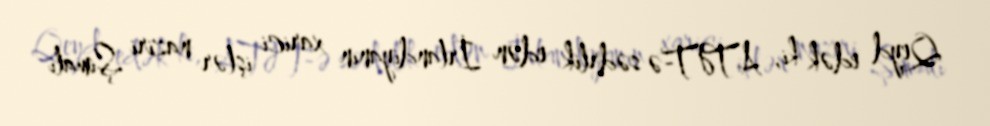
Qeyd edək ki, ATƏT-ə sədrlik edən İrlandiyanın xarici işlər naziri Şimali